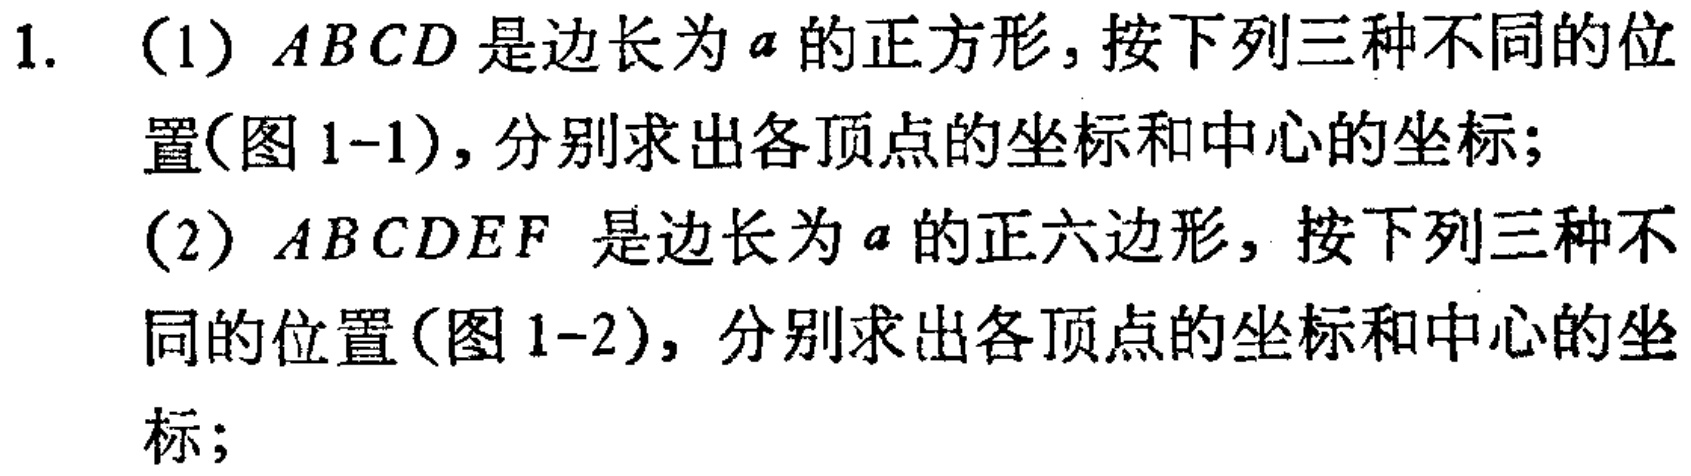
1. （1）\(ABCD\)是边长为\(a\)的正方形，按下列三种不同的位置(图1-1)，分别求出各顶点的坐标和中心的坐标；
（2）\(ABCDEF\) 是边长为\(a\)的正六边形，按下列三种不同的位置(图1-2)，分别求出各顶点的坐标和中心的坐标；